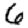
Digit: 6